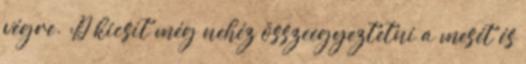
végre. :D kicsit még nehéz összeegyeztetni a mesét és